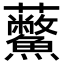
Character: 𧆊